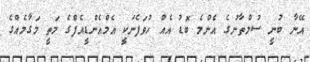
އޭނާ ބުނީ ސުލްތާނުގެ އެންމެ ބޮޑު އެއް ހުވަފެނަކީ އެމްއެންޑީއެފްގެ މަތީ މަގާމެއްގެ